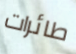
طائرات